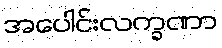
အပေါင်းလက္ခဏာ